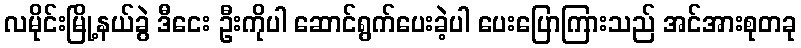
လမိုင်းမြို့နယ်ခွဲ ဒီငေး ဦးကိုပါ ဆောင်ရွက်ပေးခဲ့ပါ ပေးပြောကြားသည် အင်အားစုတခု